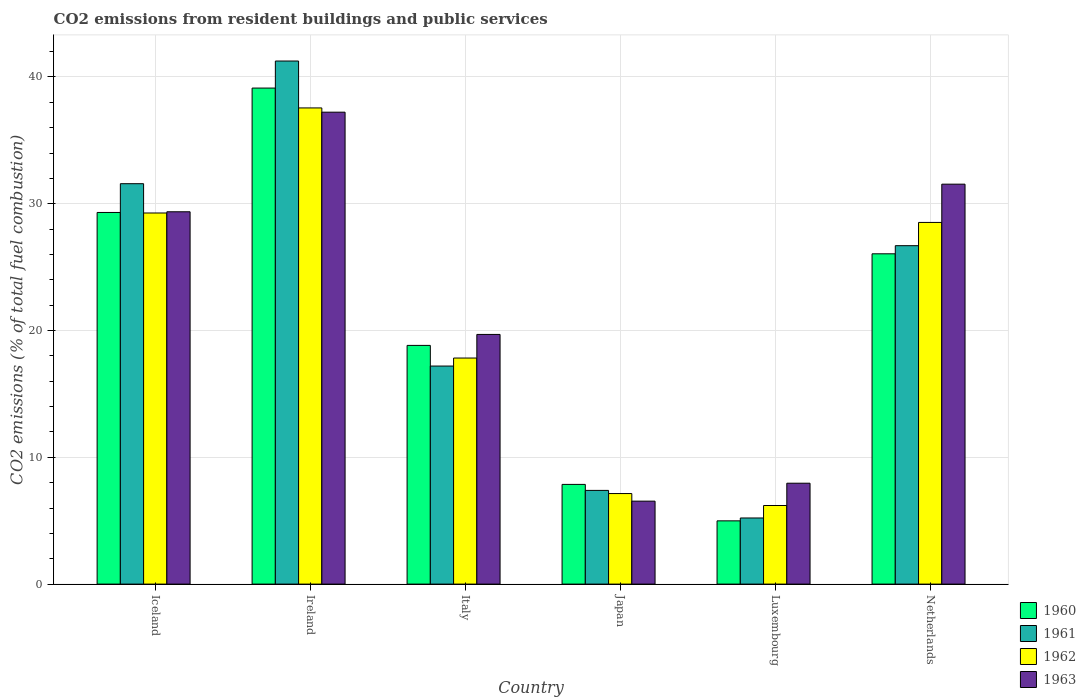
| Country | 1960 | 1961 | 1962 | 1963 |
 | --- | --- | --- | --- | --- |
 | Iceland | 29.3 | 31.6 | 29.3 | 29.4 |
 | Ireland | 39.1 | 41.3 | 37.6 | 37.2 |
 | Italy | 18.8 | 17.2 | 17.8 | 19.7 |
 | Japan | 7.86 | 7.39 | 7.14 | 6.54 |
 | Luxembourg | 4.99 | 5.21 | 6.2 | 7.96 |
 | Netherlands | 26 | 26.7 | 28.5 | 31.5 |